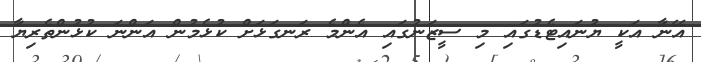
އޭނާ އަކީ ޔުނައިޓެޑުގައި މި ސީޒަނުގައި އެންމެ ރަނގަޅަށް ކުޅެމުން އަންނަ ކުޅުންތެރިޔާ